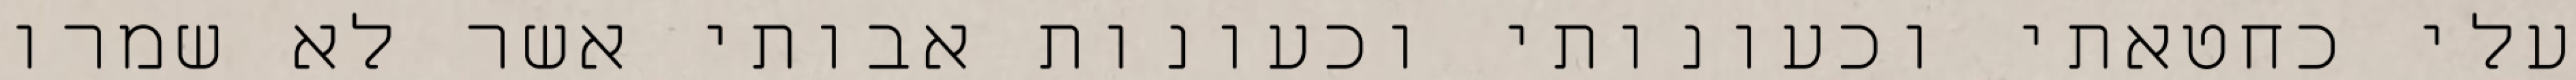
עלי כחטאתי וכעונותי וכעונות אבותי אשר לא שמרו